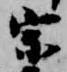
宗